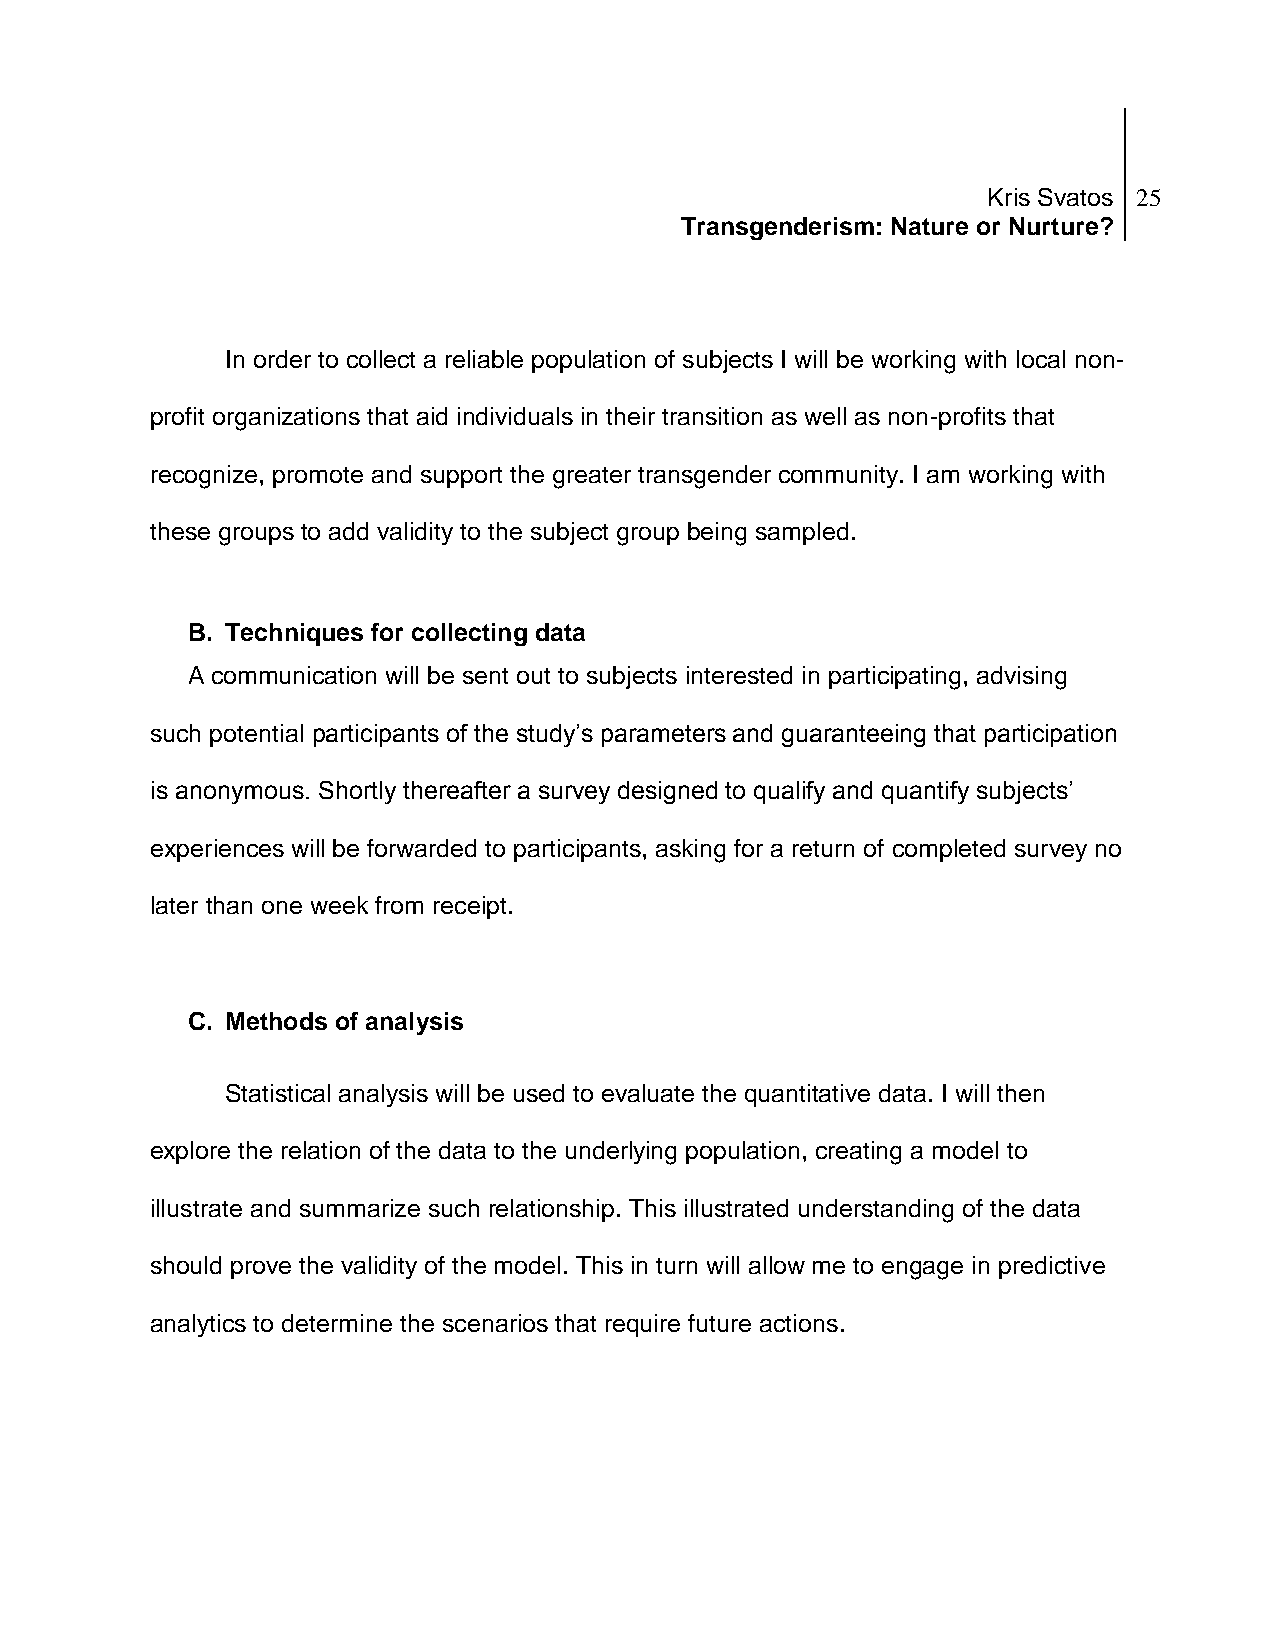
Kris Svatos 25
 Transgenderism: Nature or Nurture?
 In order to collect a reliable population of subjects I will be working with local non-
 profit organizations that aid individuals in their transition as well as non-profits that
 recognize, promote and support the greater transgender community. I am working with
 these groups to add validity to the subject group being sampled.
 B. Techniques for collecting data
 A communication will be sent out to subjects interested in participating, advising
 such potential participants of the study’s parameters and guaranteeing that participation
 is anonymous. Shortly thereafter a survey designed to qualify and quantify subjects’
 experiences will be forwarded to participants, asking for a return of completed survey no
 later than one week from receipt.
 C. Methods of analysis
 Statistical analysis will be used to evaluate the quantitative data. I will then
 explore the relation of the data to the underlying population, creating a model to
 illustrate and summarize such relationship. This illustrated understanding of the data
 should prove the validity of the model. This in turn will allow me to engage in predictive
 analytics to determine the scenarios that require future actions.